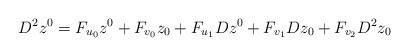
LaTeX: \begin{align*}D^2z^0=F_{u_0}z^0+F_{v_0}z_0+F_{u_1}Dz^0+F_{v_1}Dz_0+F_{v_2}D^2z_0\end{align*}